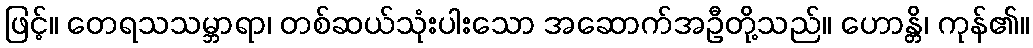
ဖြင့်။ တေရသသမ္ဘာရာ၊ တစ်ဆယ်သုံးပါးသော အဆောက်အဦတို့သည်။ ဟောန္တိ၊ ကုန်၏။